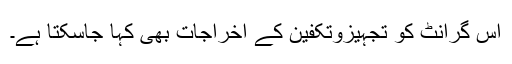
اس گرانٹ کو تجہیزوتکفین کے اخراجات بھی کہا جاسکتا ہے۔